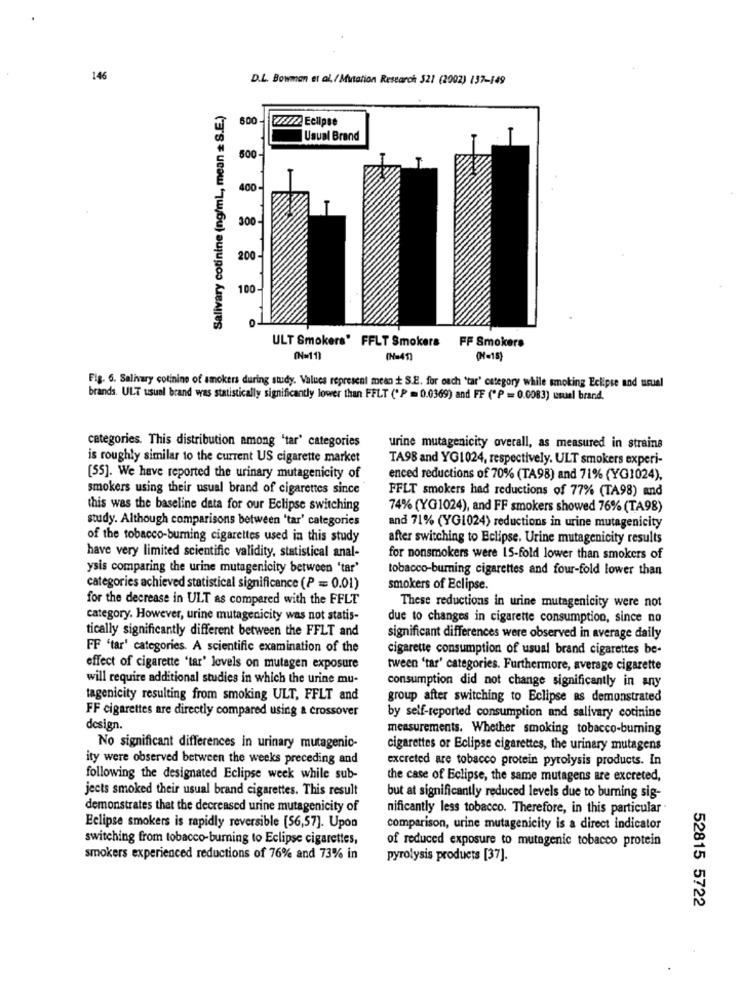
146
D.L. Bowman et al, / Mutation Research 521 (2002) 137-149
Salivary cotinine (ng/ml, mean = S.E.)
600
7///2 Eclipse
Usual Brand
500
400
300-
200
100
ULT Smokers' FFLT Smokers FF Smokers
(N=11)
(N=41)
(N=15)
Fig. 6. Salivary cotinine of smokers during study. Values represent mean + S.E. for ouch 'tar' category while smoking Eclipse and usual
brands. ULT usual brand was statistically significantly lower than FFLT (" P = 0.0369) and FF ("P = 0.0083) usuel brand.
categories. This distribution among 'tar' categories
urine mutagenicity overall, as measured in strains
is roughly similar to the current US cigarette market
TA98 and YG1024, respectively. ULT smokers experi-
[55]. We have reported the urinary mutagenicity of
enced reductions of 70% (TA98) and 71% (YG1024),
smokers using their usual brand of cigarettes since
FFLT smokers had reductions of 77% (TA98) and
this was the baseline data for our Eclipse switching
74% (YG1024), and FF smokers showed 76% (TA98)
study. Although comparisons between 'tar' categories
and 71% (YG1024) reductions in urine mutagenicity
of the tobacco-burning cigarettes used in this study
after switching to Eclipse. Urine mutagenicity results
have very limited scientific validity, statistical anal-
for nonsmokers were 15-fold lower than smokers of
ysis comparing the urine mutagenicity between 'tar'
tobacco-burning cigarettes and four-fold lower than
categories achieved statistical significance (P = 0.01)
smokers of Eclipse.
for the decrease in ULT as compared with the FFLT
These reductions in urine mutagenicity were not
category. However, urine mutagenicity was not statis-
due to changes in cigarette consumption, since no
tically significantly different between the FFLT and
significant differences were observed in average daily
FF 'tar' categories. A scientific examination of the
cigarette consumption of usual brand cigarettes be-
effect of cigarette "tar' levels on mutagen exposure
tween 'tar' categories. Furthermore, average cigarette
will require additional studies in which the urine mu-
consumption did not change significantly in any
tagenicity resulting from smoking ULT, FFLT and
group after switching to Eclipse as demonstrated
FF cigarettes are directly compared using & crossover
by self-reported consumption and salivary cotinine
design.
measurements. Whether smoking tobacco-burning
No significant differences in urinary mutagenic-
cigarettes or Eclipse cigarettes, the urinary mutagens
ity were observed between the weeks preceding and
excreted are tobacco protein pyrolysis products. In
following the designated Eclipse week while sub-
the case of Eclipse, the same mutagens are excreted,
jects smoked their usual brand cigarettes. This result
but at significantly reduced levels due to burning sig-
demonstrates that the decreased urine mutagenicity of
nificantly less tobacco. Therefore, in this particular .
Eclipse smokers is rapidly reversible [56,57]. Upon
comparison, urine mutagenicity is a direct indicator
switching from tobacco-burning to Eclipse cigarettes,
of reduced exposure to mutagenic tobacco protein
smokers experienced reductions of 76% and 73% in
pyrolysis products [37].
52815 5722